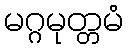
မဂ္ဂမုတ္တမံ